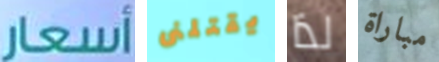
أسعار يقتلنى لذا مباراة